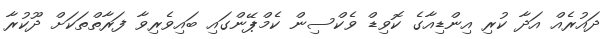
ދައުރެއް އަދާ ކުރި އިންޑިއާގެ ކޮވިޑް ވެކްސިން ކެމްޕޭންގައި ބައިވެރިވާ ފަރާތްތަކަށް ދޫކުރާ